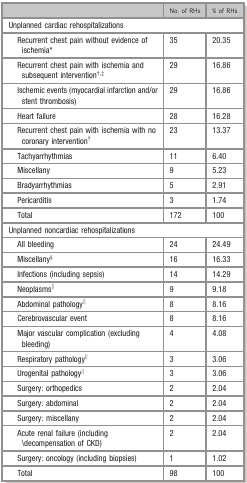
<table><thead><tr><td></td><td><b>No. of RHs</b></td><td><b>% of RHs</b></td></tr></thead><tbody><tr><td colspan="3">Unplanned cardiac rehospitalizations</td></tr><tr><td>Recurrent chest pain without evidence of ischemiaa</td><td>35</td><td>20.35</td></tr><tr><td>Recurrent chest pain with ischemia and subsequent interventionb<sup>,</sup>c</td><td>29</td><td>16.86</td></tr><tr><td>Ischemic events (myocardial infarction and/or stent thrombosis)</td><td>29</td><td>16.86</td></tr><tr><td>Heart failure</td><td>28</td><td>16.28</td></tr><tr><td>Recurrent chest pain with ischemia with no coronary interventionb</td><td>23</td><td>13.37</td></tr><tr><td>Tachyarrhythmias</td><td>11</td><td>6.40</td></tr><tr><td>Miscellany</td><td>9</td><td>5.23</td></tr><tr><td>Bradyarrhythmias</td><td>5</td><td>2.91</td></tr><tr><td>Pericarditis</td><td>3</td><td>1.74</td></tr><tr><td>Total</td><td>172</td><td>100</td></tr><tr><td colspan="3">Unplanned noncardiac rehospitalizations</td></tr><tr><td>All bleeding</td><td>24</td><td>24.49</td></tr><tr><td>Miscellanyd</td><td>16</td><td>16.33</td></tr><tr><td>Infections (including sepsis)</td><td>14</td><td>14.29</td></tr><tr><td>Neoplasmse</td><td>9</td><td>9.18</td></tr><tr><td>Abdominal pathologye</td><td>8</td><td>8.16</td></tr><tr><td>Cerebrovascular event</td><td>8</td><td>8.16</td></tr><tr><td>Major vascular complication (excluding bleeding)</td><td>4</td><td>4.08</td></tr><tr><td>Respiratory pathologye</td><td>3</td><td>3.06</td></tr><tr><td>Urogenital pathologye</td><td>3</td><td>3.06</td></tr><tr><td>Surgery: orthopedics</td><td>2</td><td>2.04</td></tr><tr><td>Surgery: abdominal</td><td>2</td><td>2.04</td></tr><tr><td>Surgery: miscellany</td><td>2</td><td>2.04</td></tr><tr><td>Acute renal failure (including \decompensation of CKD)</td><td>2</td><td>2.04</td></tr><tr><td>Surgery: oncology (including biopsies)</td><td>1</td><td>1.02</td></tr><tr><td>Total</td><td>98</td><td>100</td></tr></tbody></table>